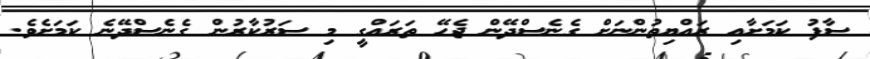
ސާފު ކަމަށާއި ރައްޔިތުންނަށް ގެނެސްދޭން ޖެހޭ ތަރައްގީ މި ސަރުކާރުން ގެނެސްދޭނެ ކަމަށެވެ.